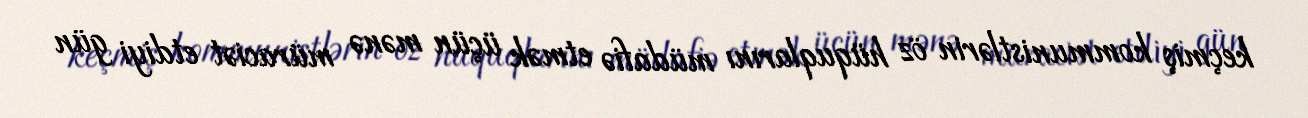
keçmiş kommunistlərin öz hüquqlarını müdafiə etmək üçün mənə müraciət etdiyi gün